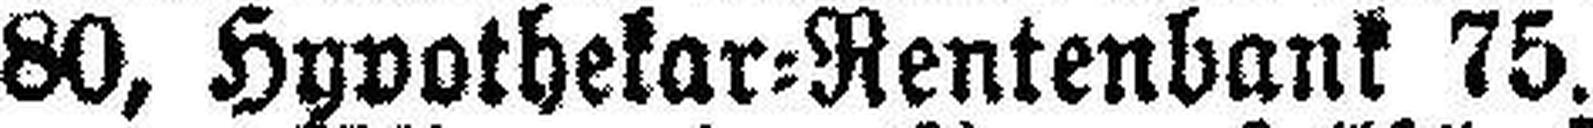
80, Hypothekar=Rentenbank 75.